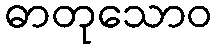
ဓာတုသောဝ